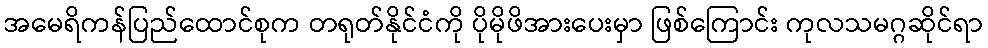
အမေရိကန်ပြည်ထောင်စုက တရုတ်နိုင်ငံကို ပိုမိုဖိအားပေးမှာ ဖြစ်ကြောင်း ကုလသမဂ္ဂဆိုင်ရာ